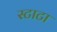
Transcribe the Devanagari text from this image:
स्टाटा